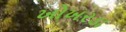
ખોખરડા